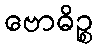
ဗောဓိဉ္စ